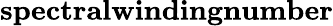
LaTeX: \textbf{spectralwindingnumber}